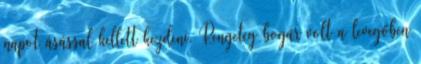
napot ásással kellett kezdeni. Rengeteg bogár volt a levegőben